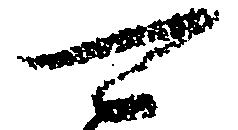
可